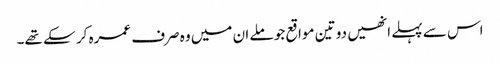
اس سے پہلے انھیں دو تین مواقع جو ملے ان میں وہ صرف عمرہ کر سکے تھے۔